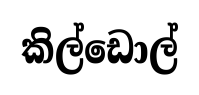
කිල්ඩොල්